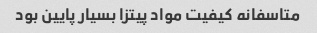
متاسفانه کیفیت مواد پیتزا بسیار پایین بود